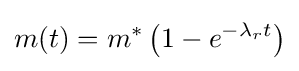
m(t)=m^{*}\left(1-e^{-\lambda _{r}t}\right)